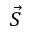
\vec { S }